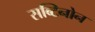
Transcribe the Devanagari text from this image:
सब्टिनोन